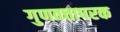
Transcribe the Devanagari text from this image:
गुणवत्तापरक